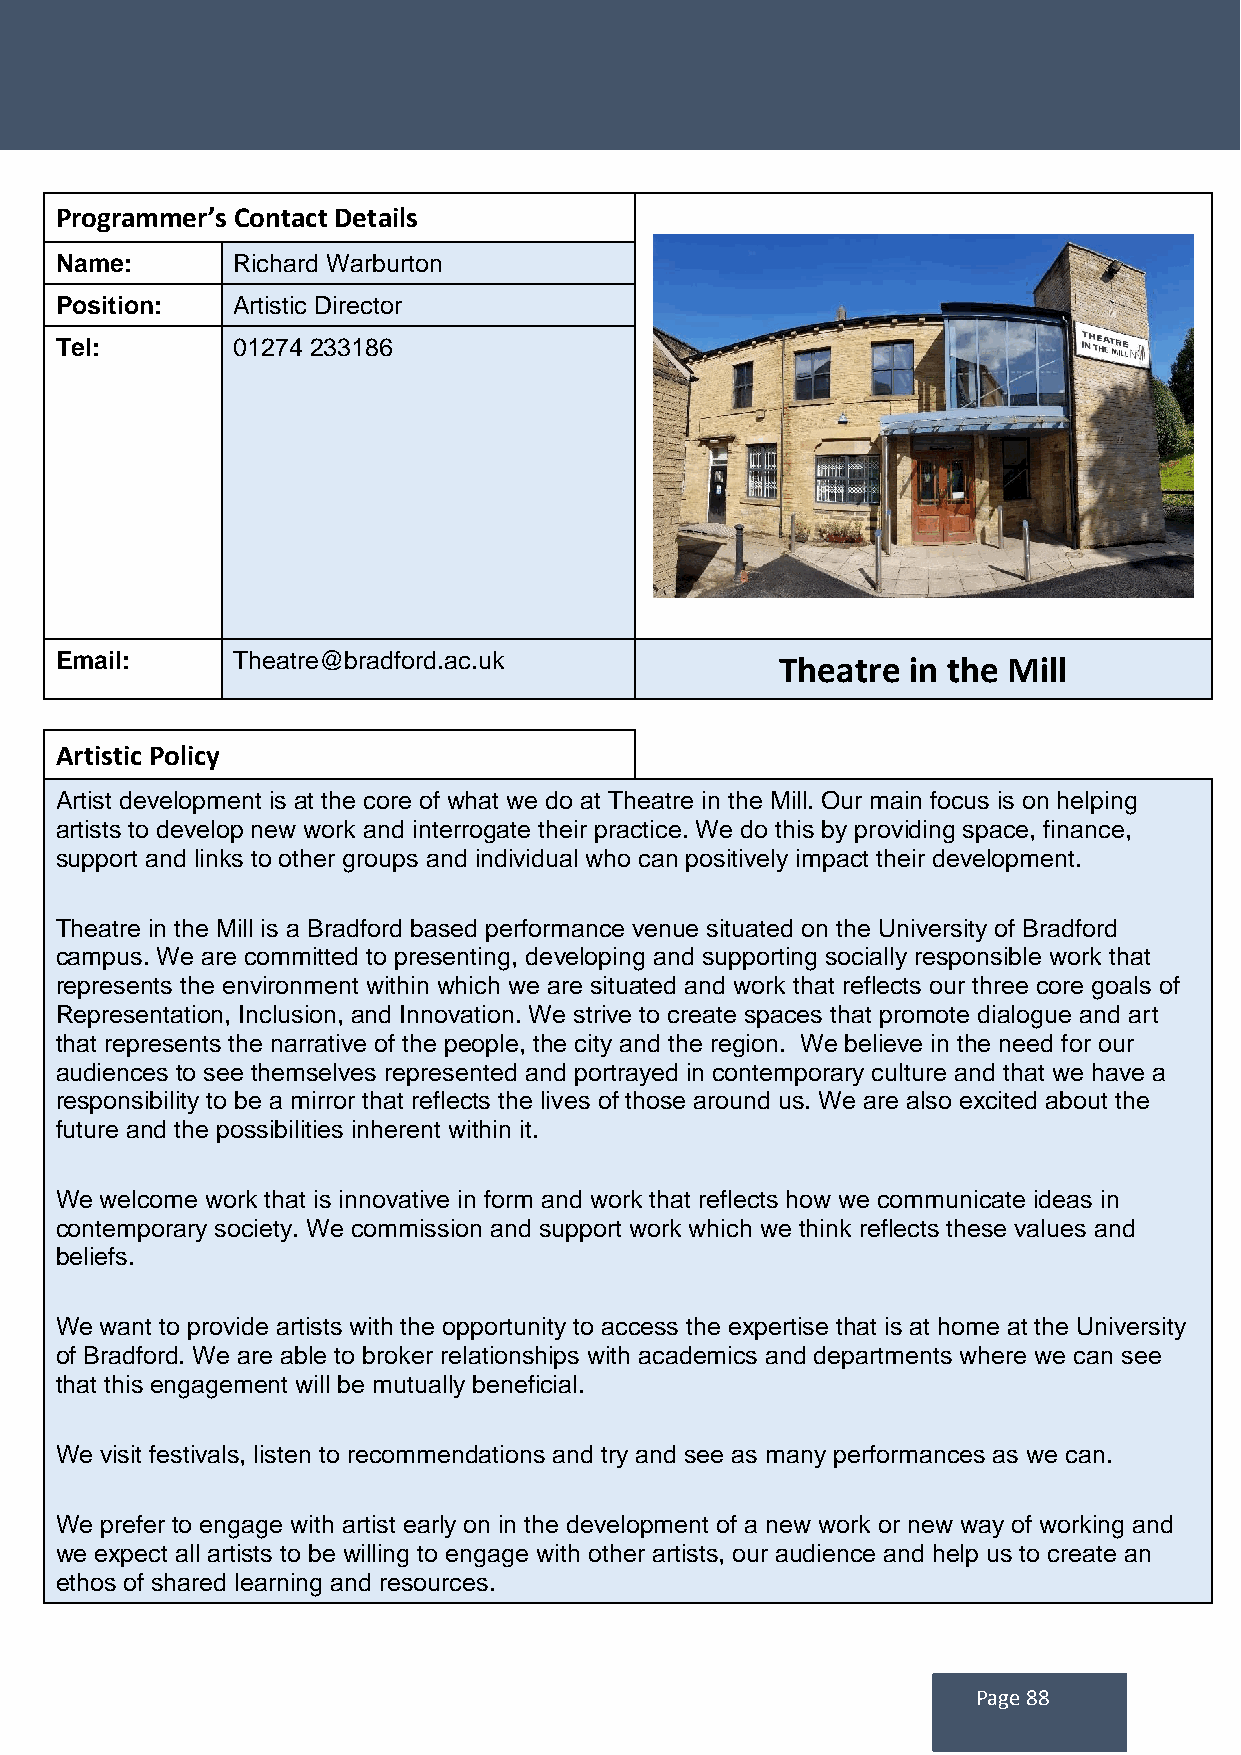
Programmer’s Contact Details
 Name:      Richard Warburton
 Position:  Artistic Director
 Tel:       01274 233186
 Email:     Theatre@bradford.ac.uk               Theatre in the Mill
 Artistic Policy
 Artist development is at the core of what we do at Theatre in the Mill. Our main focus is on helping
 artists to develop new work and interrogate their practice. We do this by providing space, finance,
 support and links to other groups and individual who can positively impact their development.
 Theatre in the Mill is a Bradford based performance venue situated on the University of Bradford
 campus. We are committed to presenting, developing and supporting socially responsible work that
 represents the environment within which we are situated and work that reflects our three core goals of
 Representation, Inclusion, and Innovation. We strive to create spaces that promote dialogue and art
 that represents the narrative of the people, the city and the region. We believe in the need for our
 audiences to see themselves represented and portrayed in contemporary culture and that we have a
 responsibility to be a mirror that reflects the lives of those around us. We are also excited about the
 future and the possibilities inherent within it.
 We welcome work that is innovative in form and work that reflects how we communicate ideas in
 contemporary society. We commission and support work which we think reflects these values and
 beliefs.
 We want to provide artists with the opportunity to access the expertise that is at home at the University
 of Bradford. We are able to broker relationships with academics and departments where we can see
 that this engagement will be mutually beneficial.
 We visit festivals, listen to recommendations and try and see as many performances as we can.
 We prefer to engage with artist early on in the development of a new work or new way of working and
 we expect all artists to be willing to engage with other artists, our audience and help us to create an
 ethos of shared learning and resources.
 Page 88